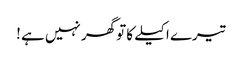
تیرے اکیلے کا تو گھر نہیں ہے !